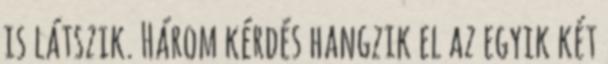
is látszik. Három kérdés hangzik el az egyik két